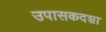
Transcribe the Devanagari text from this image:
उपासकदशा